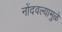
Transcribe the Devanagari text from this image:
नोंदवल्यामुळे